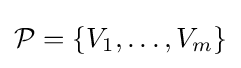
{\mathcal {P}}=\{V_{1},\ldots ,V_{m}\}